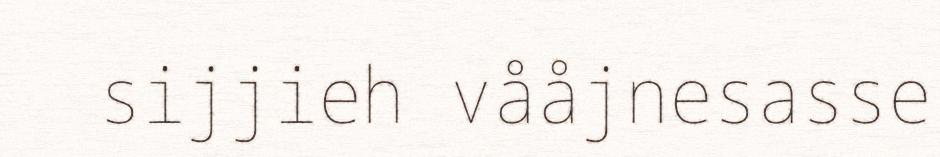
sijjieh vååjnesasse